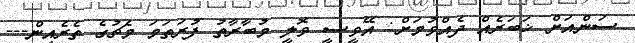
ސަންއަށް ޚަބަރެއް ދެއްވުމަށް: އޭވީސީ ވޮލީ މުބާރާތު ފުރަތަމަ މެޗުގެ ތެރެއިން---